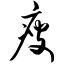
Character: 瘦